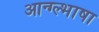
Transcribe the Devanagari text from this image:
आन्ग्ल्भाषा